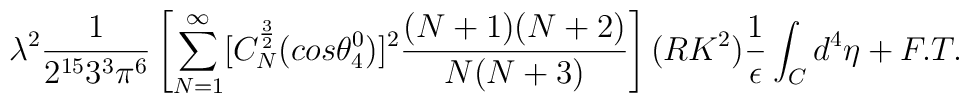
\lambda^2\frac{1}{2^{15}3^{3}\pi^{6}}\left[ \sum_{N=1}^{\infty}[C_N^{\frac{3}{2}}(cos{\theta_4^0})]^2\frac{(N+1)(N+2)}{N(N+3)}\right] (RK^2)\frac{1}{\epsilon}\int_C d^4{\eta} + F.T.